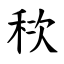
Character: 䅆